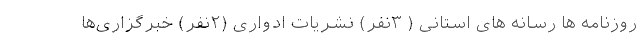
روزنامه ها رسانه های استانی ( ۳نفر) نشریات ادواری (۲نفر) خبرگزاری‌ها